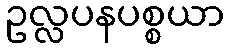
ဥလ္လပနပစ္စယာ